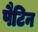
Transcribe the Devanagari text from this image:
पैटिन